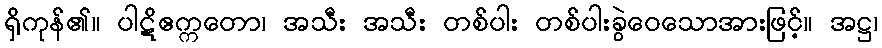
ရှိကုန်၏။ ပါဋိဧက္ကတော၊ အသီး အသီး တစ်ပါး တစ်ပါးခွဲဝေသောအားဖြင့်။ အဋ္ဌ၊